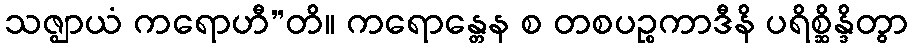
သဇ္ဈာယံ ကရောဟီ”တိ။ ကရောန္တေန စ တစပဉ္စကာဒီနိ ပရိစ္ဆိန္ဒိတွာ